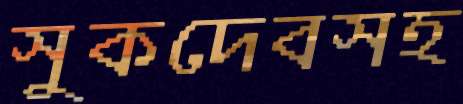
সুকদেবসহ